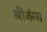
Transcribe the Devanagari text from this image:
बीकंस